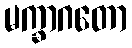
မက္ခာဂတော